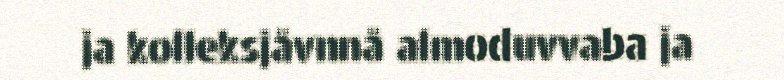
ja kolleksjåvnnå almoduvvaba ja